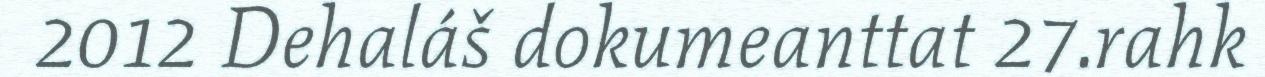
2012 Dehaláš dokumeanttat 27.rahk